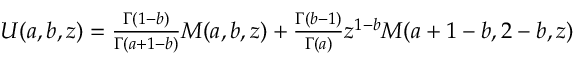
\begin{array} { r } { U ( a , b , z ) = \frac { \Gamma ( 1 - b ) } { \Gamma ( a + 1 - b ) } M ( a , b , z ) + \frac { \Gamma ( b - 1 ) } { \Gamma ( a ) } z ^ { 1 - b } M ( a + 1 - b , 2 - b , z ) } \end{array}